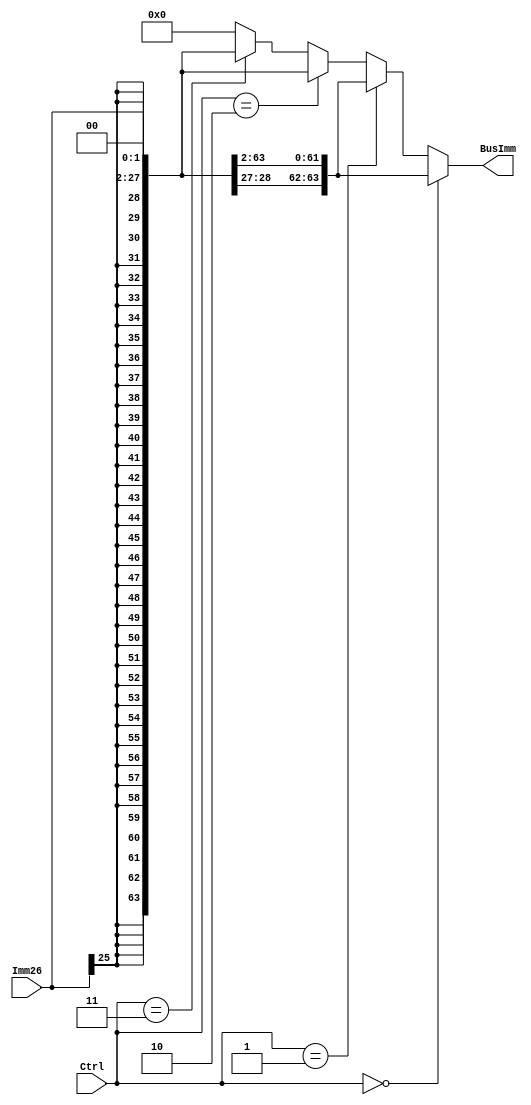
module SignExtender(BusImm, Imm26, Ctrl); 
   output [63:0] BusImm; 
   input [25:0]  Imm26; 
   input [1:0] Ctrl; 

   assign BusImm = 
      (Ctrl == 2'b00) ? {{38{Imm26[25]}}, Imm26[25: 0]}:
      (Ctrl == 2'b01) ? {{38{Imm26[25]}}, Imm26[25: 0]}:
      (Ctrl == 2'b10) ? {{36{Imm26[25]}}, Imm26[25: 0], 2'b0}:
      (Ctrl == 2'b11) ? {{36{Imm26[25]}}, Imm26[25: 0], 2'b0}:
      0;   
endmodule